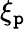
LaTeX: \xi_{\mathtt{p}}